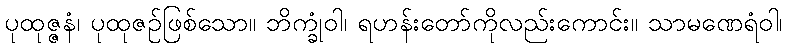
ပုထုဇ္ဇနံ၊ ပုထုဇဉ်ဖြစ်သော။ ဘိက္ခုံဝါ၊ ရဟန်းတော်ကိုလည်းကောင်း။ သာမဏေရံဝါ၊